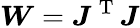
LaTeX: \boldsymbol{W}=\boldsymbol{J}^{\mathrm{~T~}}\boldsymbol{J}